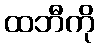
ထဘီကို